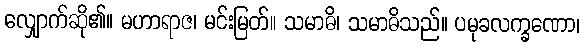
လျှောက်ဆို၏။ မဟာရာဇ၊ မင်းမြတ်။ သမာဓိ၊ သမာဓိသည်။ ပမုခလက္ခဏော၊